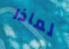
لماذا